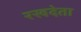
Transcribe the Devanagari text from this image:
रखदेता